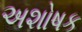
અશોષક